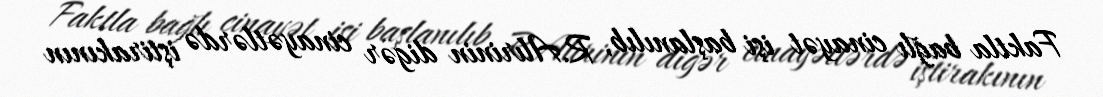
Faktla bağlı cinayət işi başlanılıb, R.Alırinin digər cinayətlərdə iştirakının